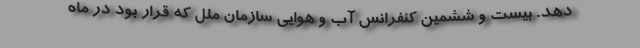
دهد. بیست و ششمین کنفرانس آب و هوایی سازمان ملل که قرار بود در ماه